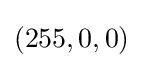
(255,0,0)